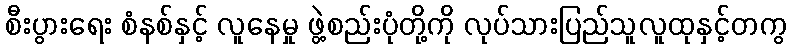
စီးပွားရေး စံနစ်နှင့် လူနေမှု ဖွဲ့စည်းပုံတို့ကို လုပ်သားပြည်သူလူထုနှင့်တကွ